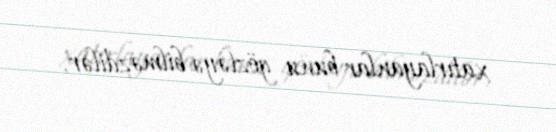
xatırlayanlar bunu gözləyə bilməzdilər.